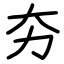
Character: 夯